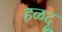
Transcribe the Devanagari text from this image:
हळदू